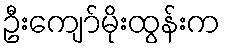
ဦးကျော်မိုးထွန်းက